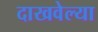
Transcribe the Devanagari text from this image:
दाखवेल्या